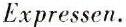
Expressen.